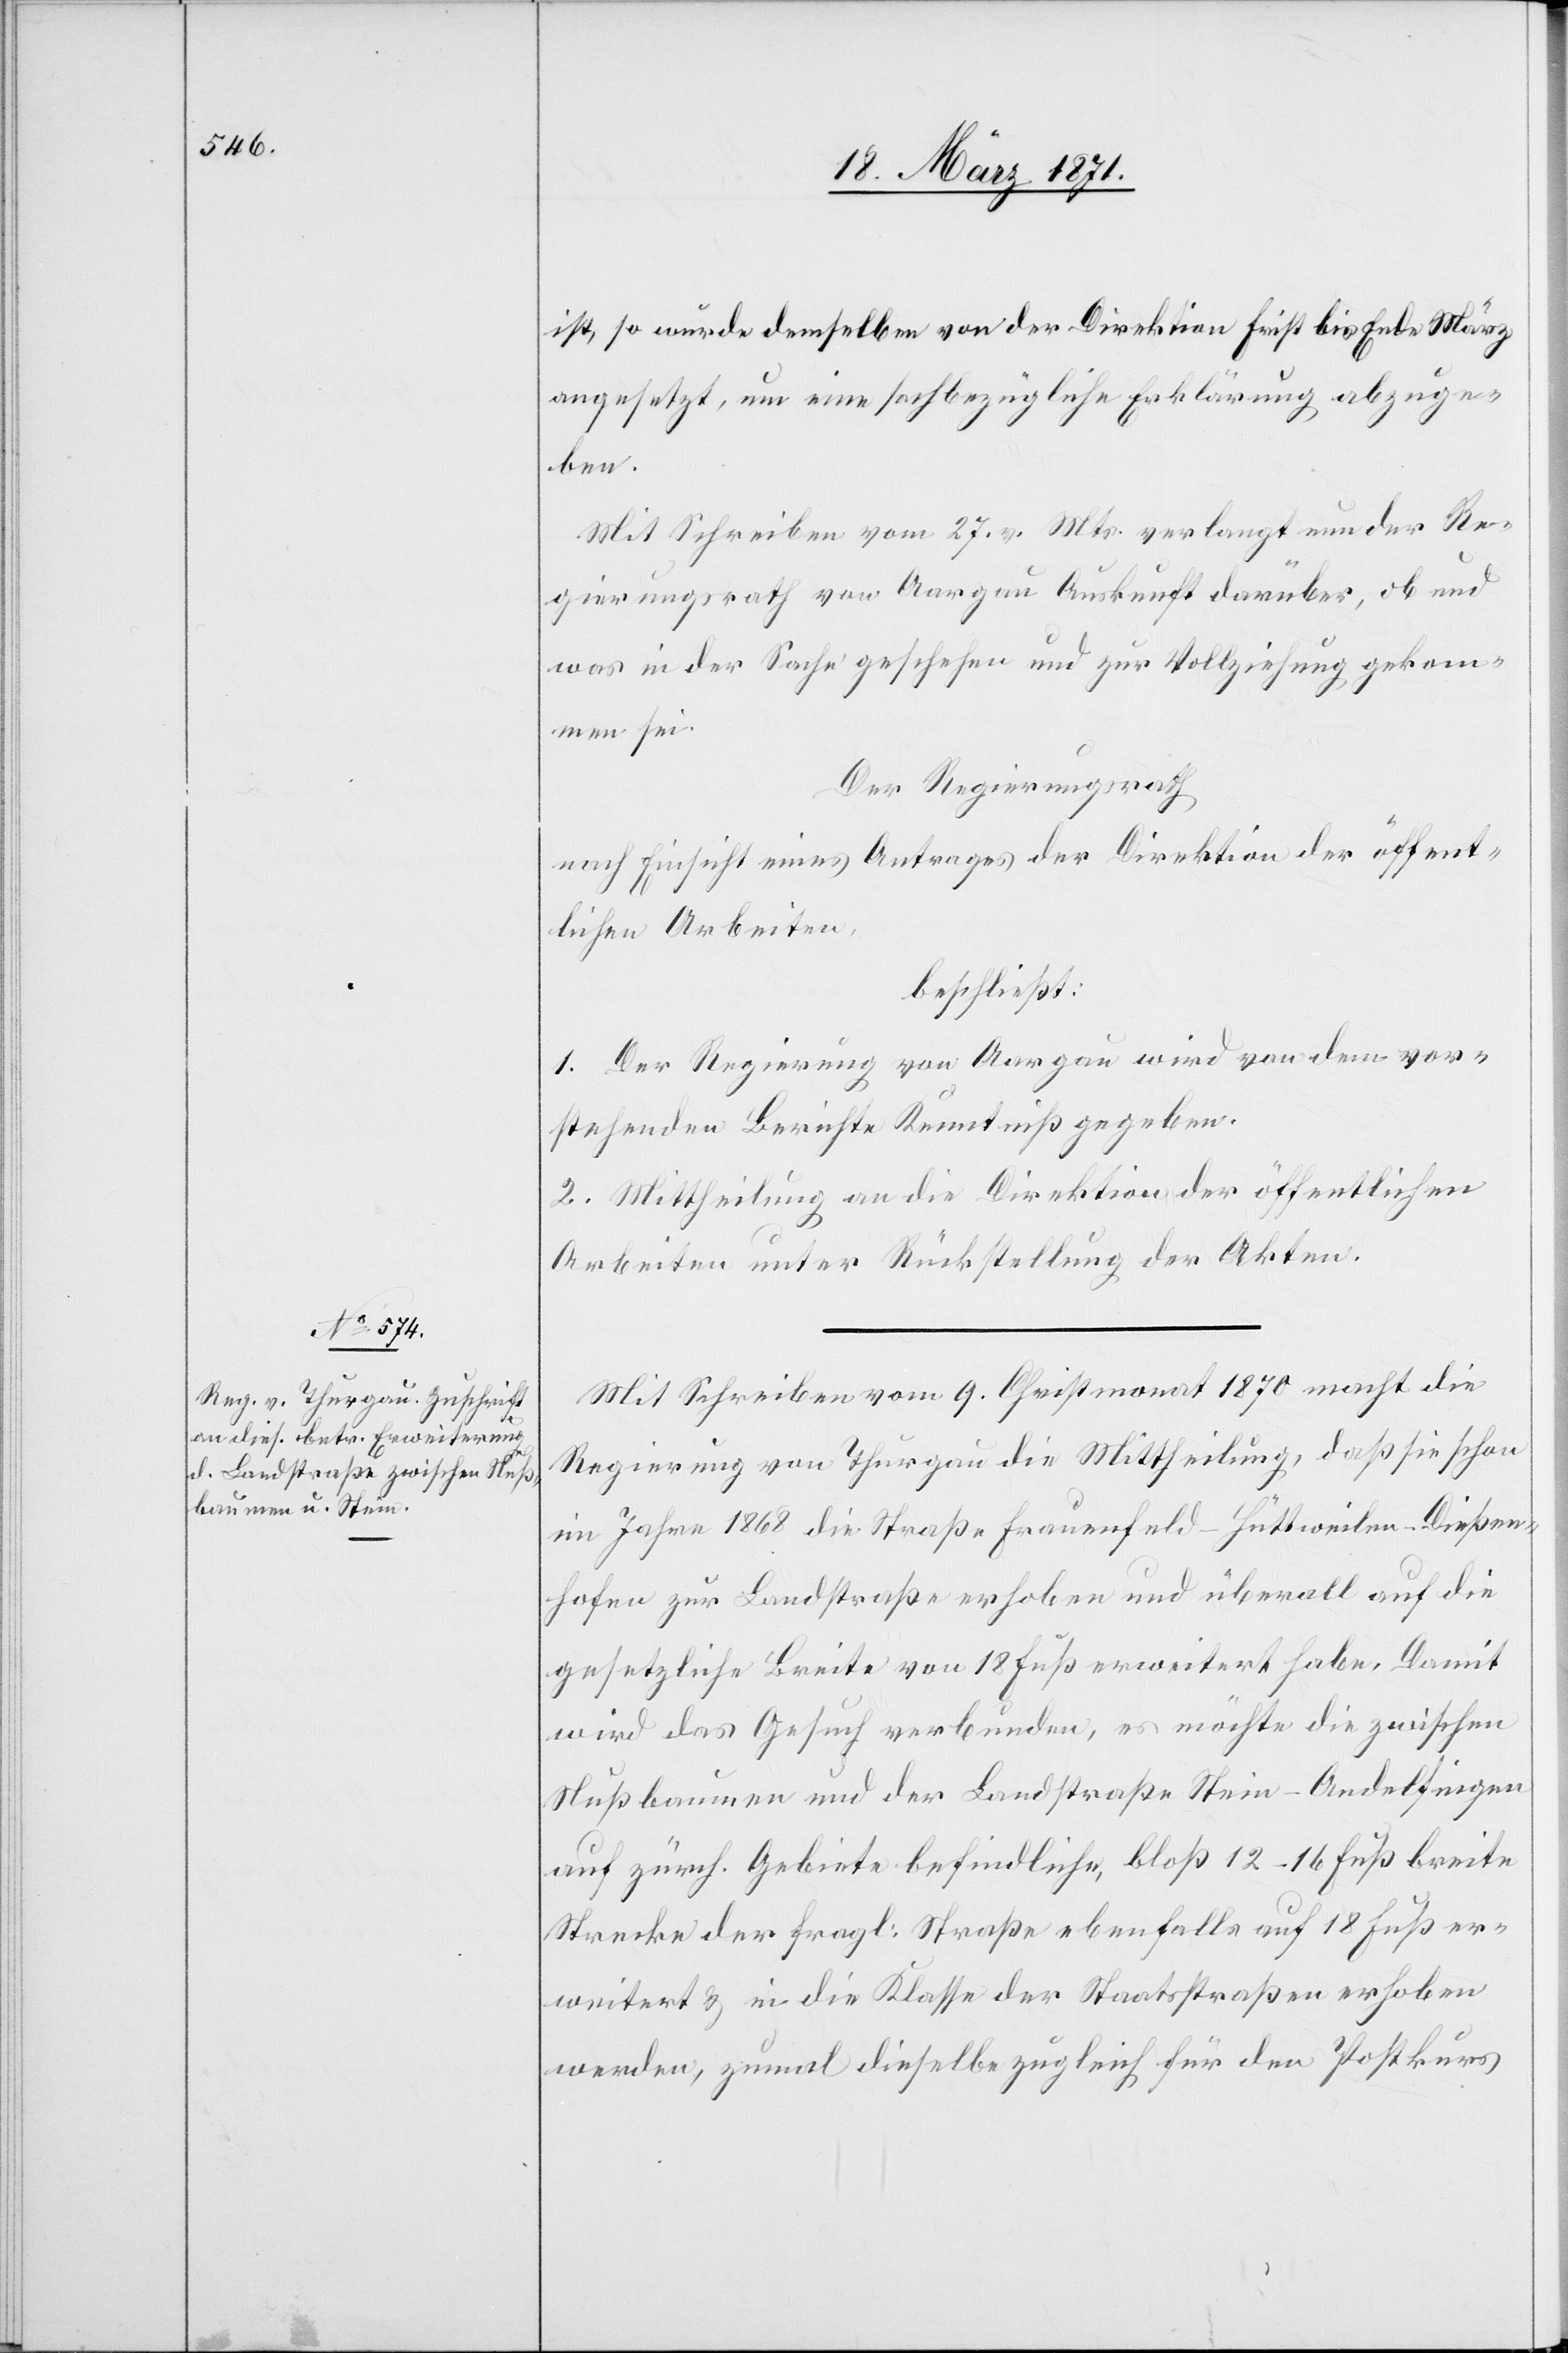
ist, so wurde demselben von der Direktion Frist bis Ende März
angesetzt, um eine sachbezügliche Erklärung abzuge¬
ben.
Mit Schreiben vom 27. v. Mts, verlangt nun der Re¬
gierungsrath von Aargau Auskunft darüber, ob und
was in der Sache geschehen und zur Vollziehung gekom¬
men sei.
Der Regierungsrath
nach Einsicht eines Antrages der Direktion der öffent¬
lichen Arbeiten,
beschließt:
1. Der Regierung von Aargau wird von dem vor¬
stehenden Berichte Kenntniß gegeben.
2. Mittheilung an die Direktion der öffentlichen
Arbeiten unter Rückstellung der Akten.
Mit Schreiben vom 9. Christmonat 1870 macht die
Regierung von Thurgau die Mittheilung, daß sie schon
im Jahre 1868 die Straße Frauenfeld-Hüttweilen-Dießen¬
hofen zur Landstraße erhoben und überall auf die
gesetzliche Breite von 18 Fuß erweitert habe. Damit
wird das Gesuch verbunden, es möchte die zwischen
Nußbaumen und der Landstraße Stein-Andelfingen
auf zürch. Gebiete befindliche, bloß 12–16 Fuß breite
Strecke der fragl. Straße ebenfalls auf 18 Fuß er¬
weitert u. in die Klasse der Staatsstraßen erhoben
werden, zumal dieselbe zugleich für den Postkurs